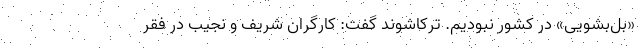
«بل‌بشویی» در کشور نبودیم. ترکاشوند گفت: کارگران شریف و نجیب در فقر